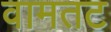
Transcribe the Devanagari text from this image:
वामतट